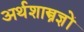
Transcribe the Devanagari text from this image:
अर्थशास्त्रज्ञों